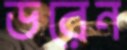
ডরেন